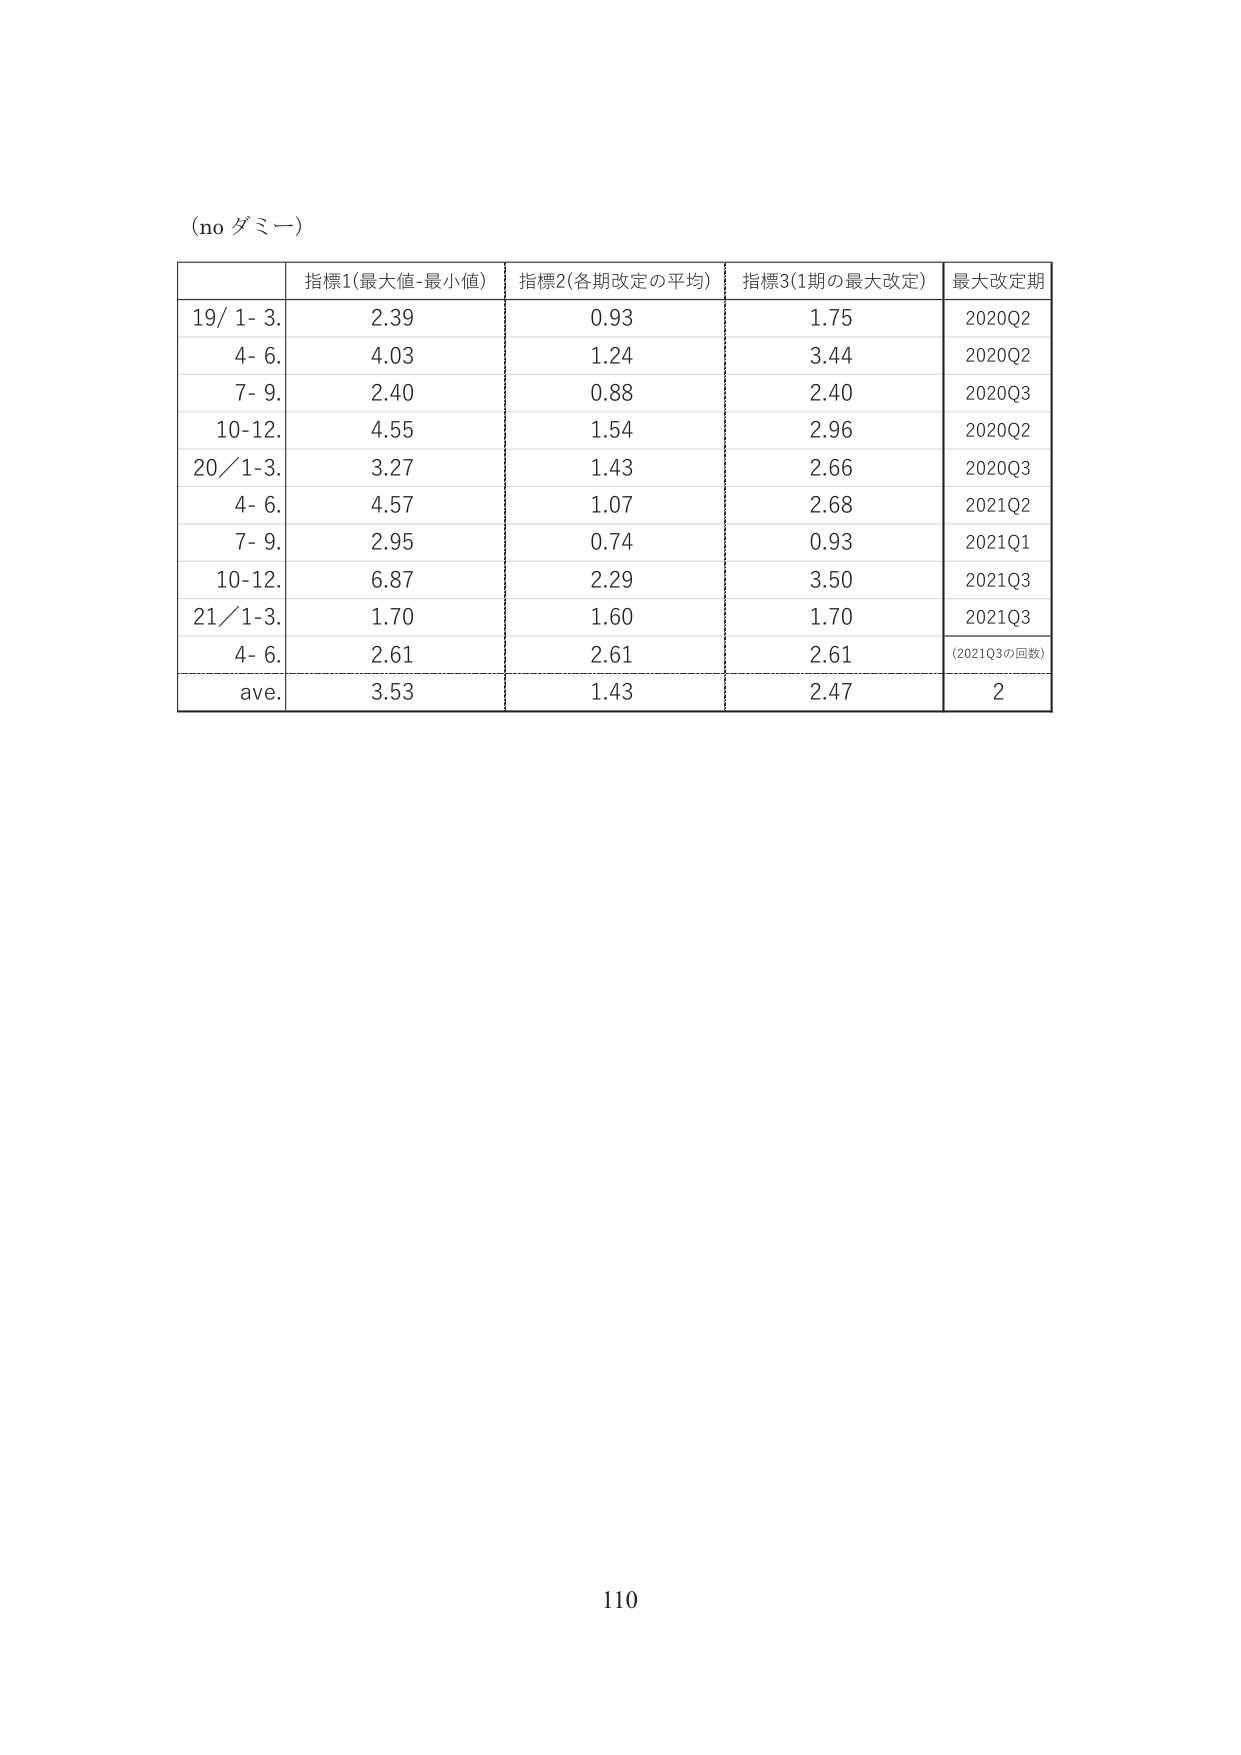
(no ダミー)

指標1(最大値-最小値) 指標2(各期改定の平均) 指標3(1期の最大改定) 最大改定期
19/ 1- 3. 2.39 0.93 1.75 2020Q2
4- 6. 4.03 1.24 3.44 2020Q2
7- 9. 2.40 0.88 2.40 2020Q3
10-12. 4.55 1.54 2.96 2020Q2
20/1-3. 3.27 1.43 2.66 2020Q3
4- 6. 4.57 1.07 2.68 2021Q2
7- 9. 2.95 0.74 0.93 2021Q1
10-12. 6.87 2.29 3.50 2021Q3
21/1-3. 1.70 1.60 1.70 2021Q3
4- 6. 2.61 2.61 2.61 (2021Q3の回数)
ave. 3.53 1.43 2.47 2

110